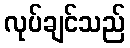
လုပ်ချင်သည်